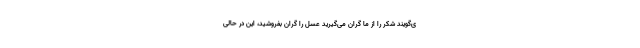
ی‌گویند شکر را از ما گران می‌گیرید عسل را گران بفروشید، این در حالی